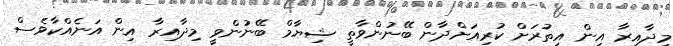
މިދާއިރާ އިން އިތުރަށް ކުރިއަށްދާން ބޭނުންވާތީ ޝިޔާމް ބޭނުންވީ މިދާއިރާ އިން އަނެއްކާވެސް